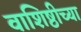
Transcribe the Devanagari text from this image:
वाशिष्ठीच्या